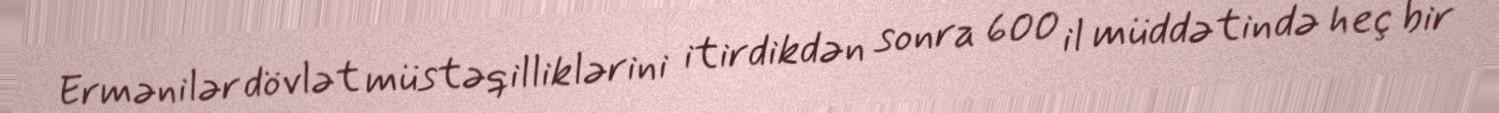
Ermənilər dövlət müstəqilliklərini itirdikdən sonra 600 il müddətində heç bir